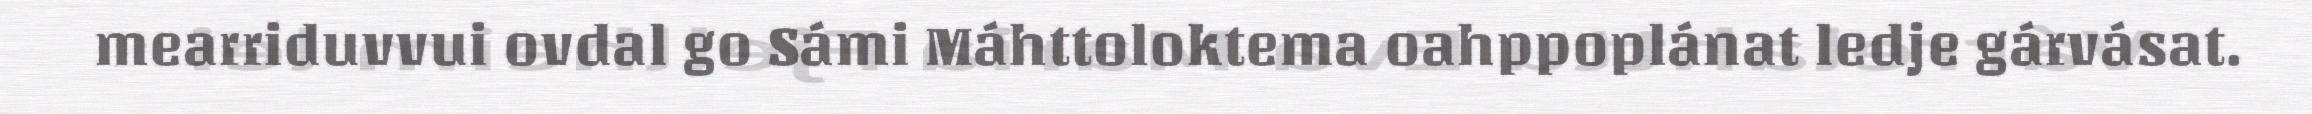
mearriduvvui ovdal go Sámi Máhttoloktema oahppoplánat ledje gárvásat.